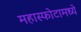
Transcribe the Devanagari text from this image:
महास्फोटामध्ये